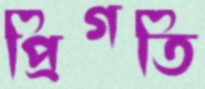
প্রিগতি